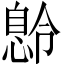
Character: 𫺽